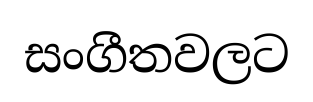
සංගීතවලට